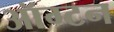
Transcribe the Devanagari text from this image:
ऑग्टन